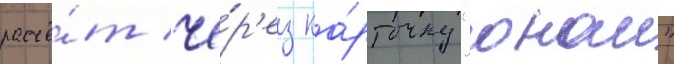
расчё́т че́р'ез ка́рточку "онаи"